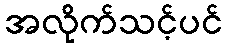
အလိုက်သင့်ပင်